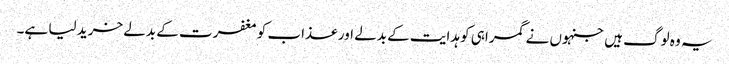
یہ وہ لوگ ہیں جنہوں نے گمراہی کو ہدایت کے بدلے اور عذاب کو مغفرت کے بدلے خرید لیا ہے۔